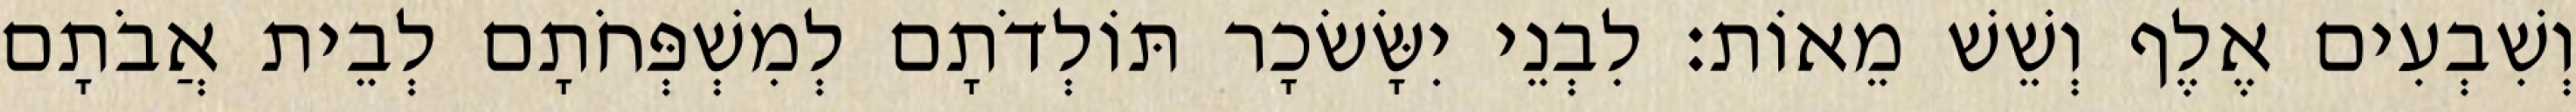
וְשִׁבְעִים אֶלֶף וְשֵׁשׁ מֵאוֹת׃ לִבְנֵי יִשָּׂשׂכָר תּוֹלְדֹתָם לְמִשְׁפְּחֹתָם לְבֵית אֲבֹתָם